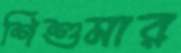
শিশুমার